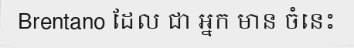
Brentano ដែល ជា អ្នក មាន ចំនេះ